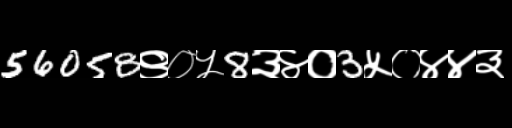
Text: 56058९०५8३४०3५०४४३